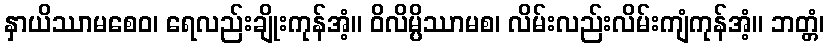
နှာယိဿာမစေဝ၊ ရေလည်းချိုးကုန်အံ့။ ဝိလိမ္ပိဿာမစ၊ လိမ်းလည်းလိမ်းကျံကုန်အံ့။ ဘတ္တံ၊